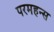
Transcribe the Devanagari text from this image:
परमहन्स